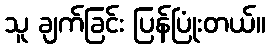
သူ ချက်ခြင်း ပြန်ပြုံးတယ်။